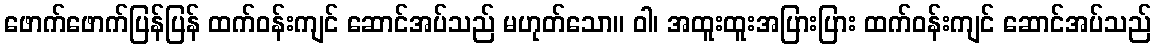
ဖောက်ဖောက်ပြန်ပြန် ထက်ဝန်းကျင် ဆောင်အပ်သည် မဟုတ်သော။ ဝါ၊ အထူးထူးအပြားပြား ထက်ဝန်းကျင် ဆောင်အပ်သည်